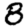
Digit: 8